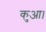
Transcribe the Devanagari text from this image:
कुआ।